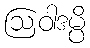
ဩဝါဒမ္ပိ